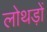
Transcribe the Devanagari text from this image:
लोथड़ों